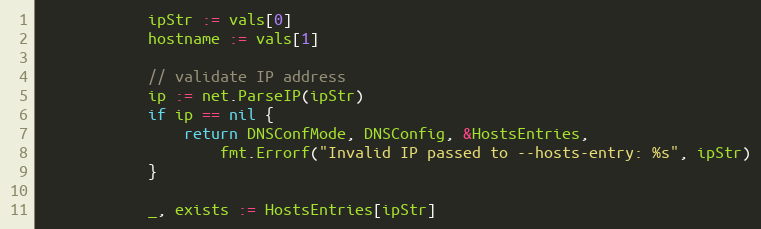
Language: Go
			ipStr := vals[0]
			hostname := vals[1]

			// validate IP address
			ip := net.ParseIP(ipStr)
			if ip == nil {
				return DNSConfMode, DNSConfig, &HostsEntries,
					fmt.Errorf("Invalid IP passed to --hosts-entry: %s", ipStr)
			}

			_, exists := HostsEntries[ipStr]